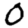
Digit: 0